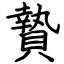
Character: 贄